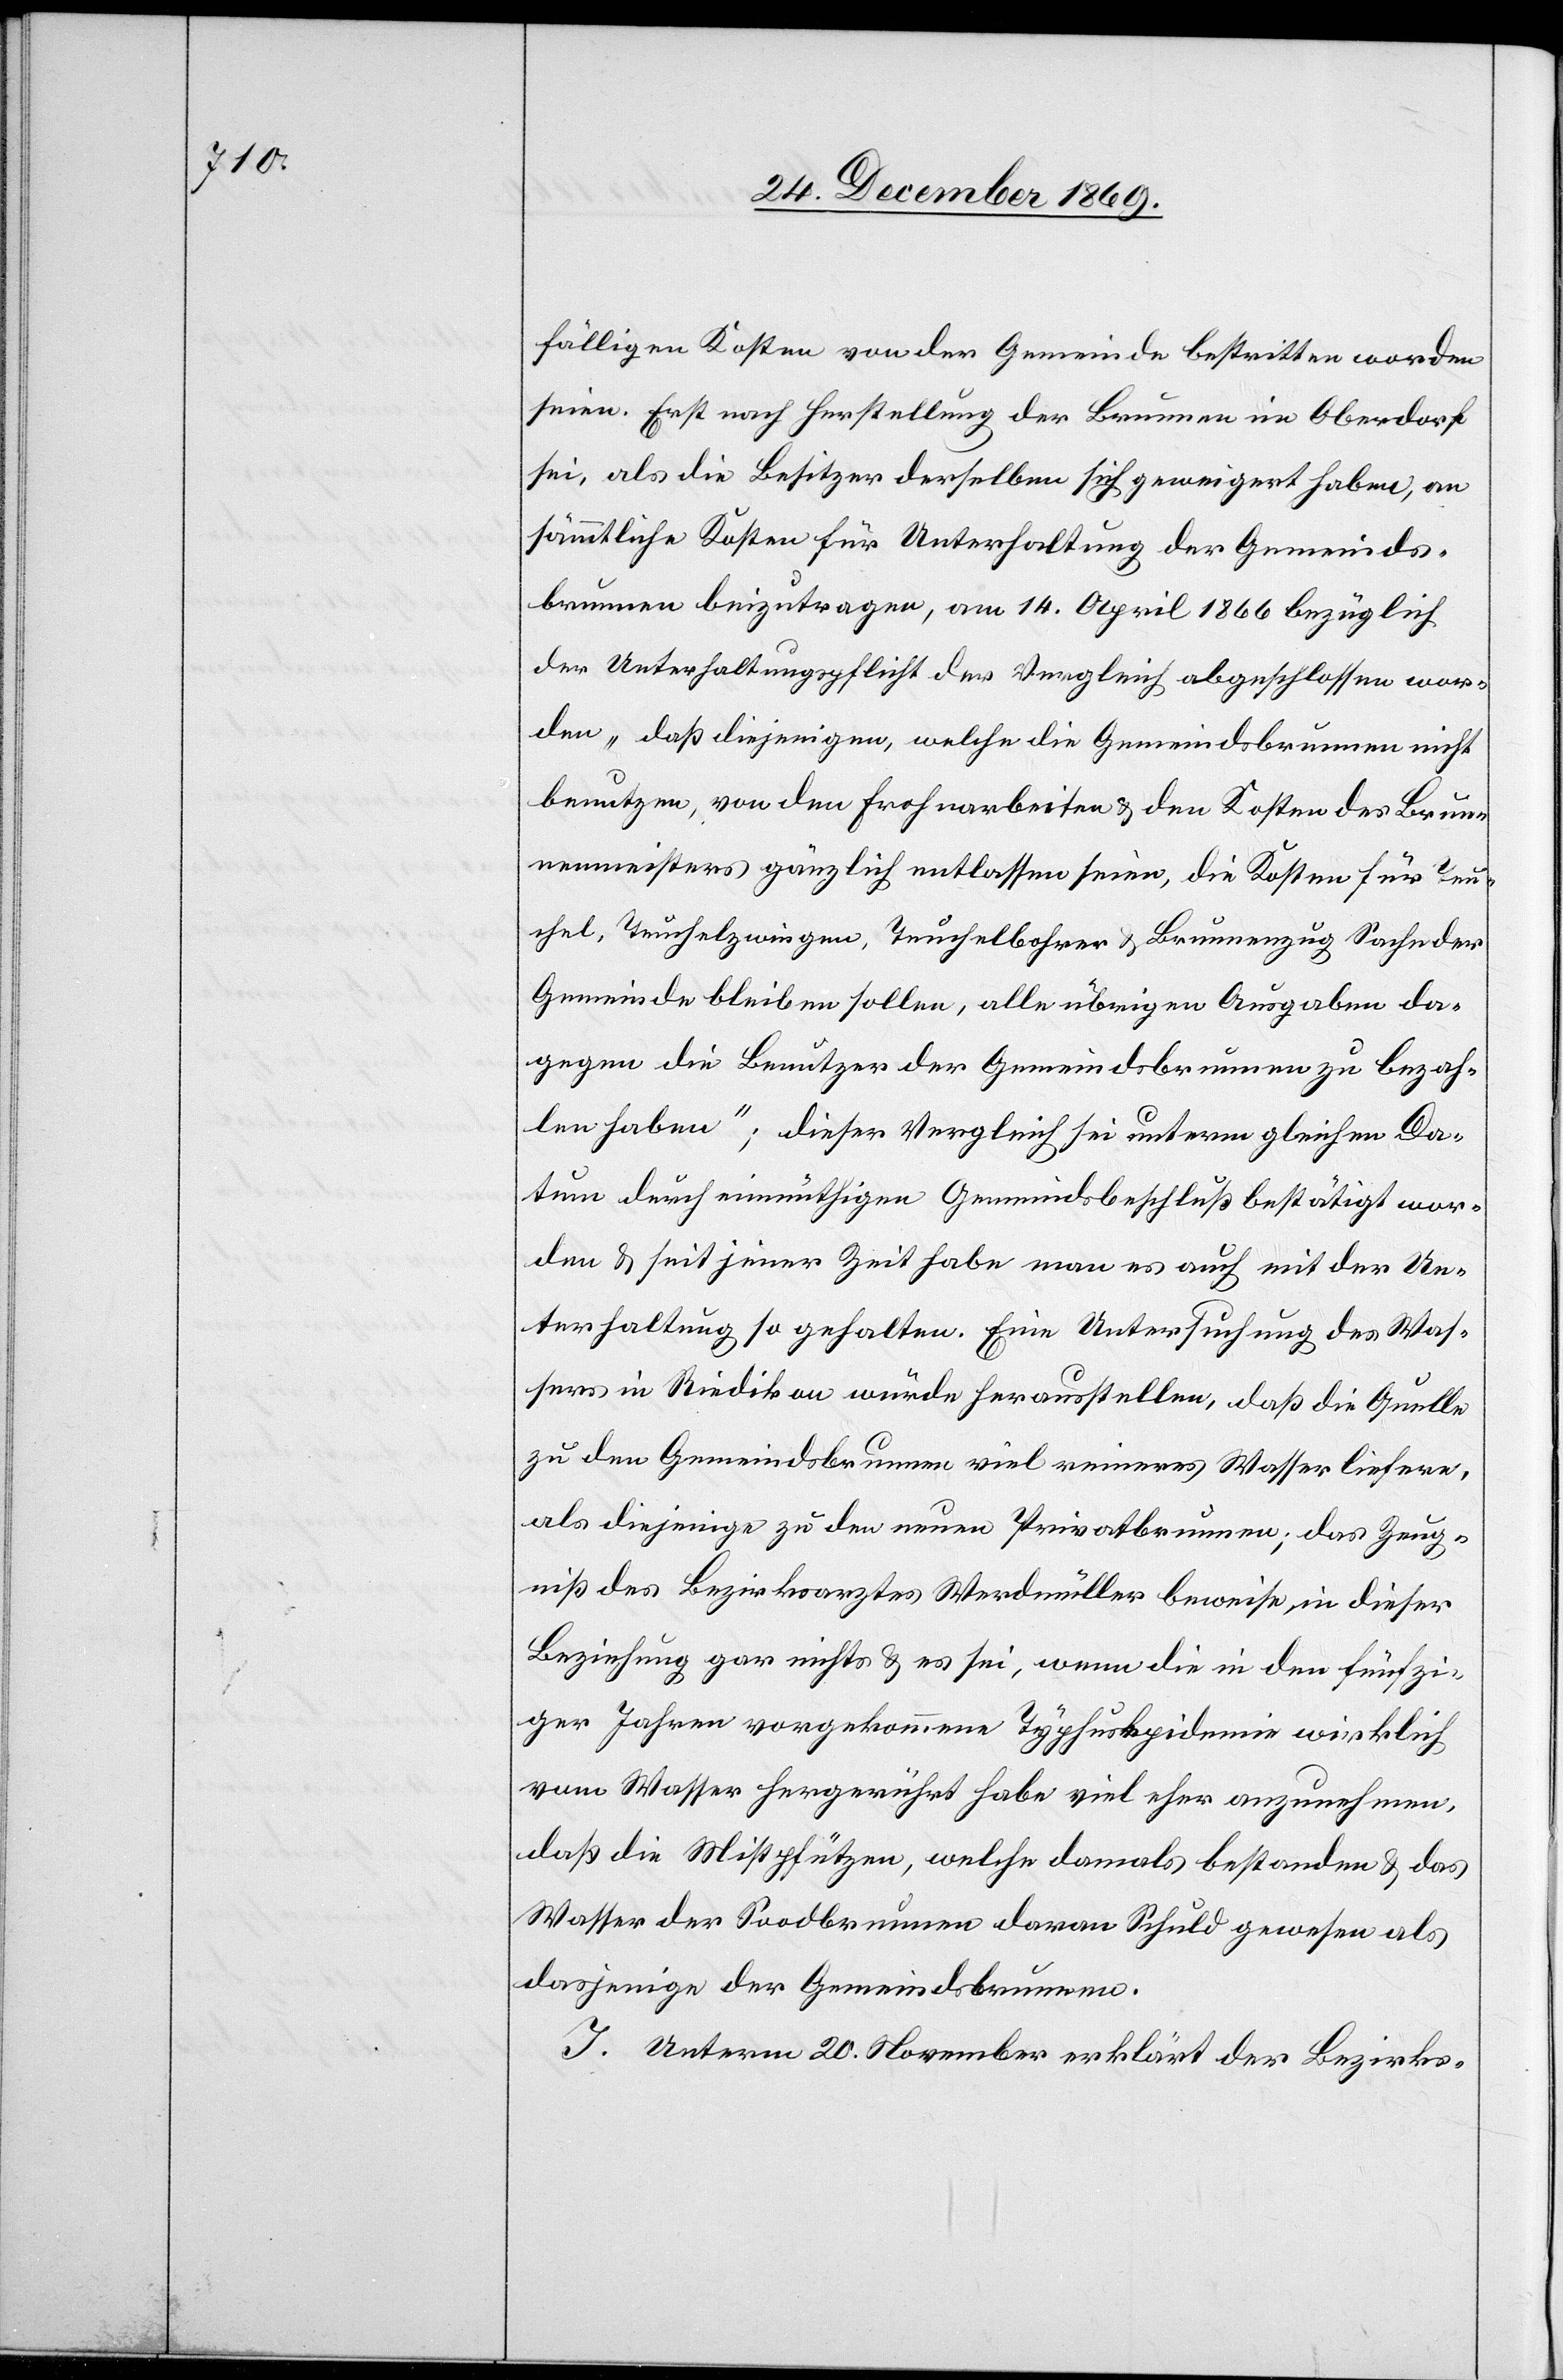
fälligen Kosten von der Gemeinde bestritten worden
seien. Erst nach Herstellung der Brunnen im Oberdorf
sei, als die Besitzer derselben sich geweigert haben, an
sämmtliche Kosten für Unterhaltung der Gemeinds¬
brunnen beizutragen, am 14. April 1866 bezüglich
der Unterhaltungspflicht der Vergleich abgeschlossen wor¬
den „daß diejenigen, welche die Gemeindsbrunnen nicht
benutzen, von den Frohnarbeiten & den Kosten des Brun¬
nenmeisters gänzlich entlassen seien, die Kosten für Teu¬
chel, Teuchelzwingen, Teuchelbohrer & Brunnenzug Sache der
Gemeinde bleiben sollen, alle übrigen Ausgaben da¬
gegen die Benutzer der Gemeindsbrunnen zu bezah¬
len haben“; dieser Vergleich sei unterm gleichen Da¬
tum durch einmüthigen Gemeindsbeschluß bestätigt wor¬
den & seit jener Zeit habe man es auch mit der Un¬
terhaltung so gehalten. Eine Untersuchung des Was¬
sers in Riedikon würde herausstellen, daß die Quelle
zu den Gemeindsbrunnen viel reineres Wasser liefere,
als diejenige zu den neuen Privatbrunnen; das Zeug¬
niß des Bezirksarztes Werdmüller beweise, in dieser
Beziehung gar nichts & es sei, wenn die in den fünfzi¬
ger Jahren vorgekommene Typhusepidemie wirklich
vom Wasser hergerührt habe viel eher anzunehmen,
daß die Mistpfützen, welche damals bestanden & das
Wasser der Soodbrunnen daran Schuld gewesen als
dasjenige der Gemeindsbrunnen.
G.] Unterm 20. November erklärt der Bezirks-